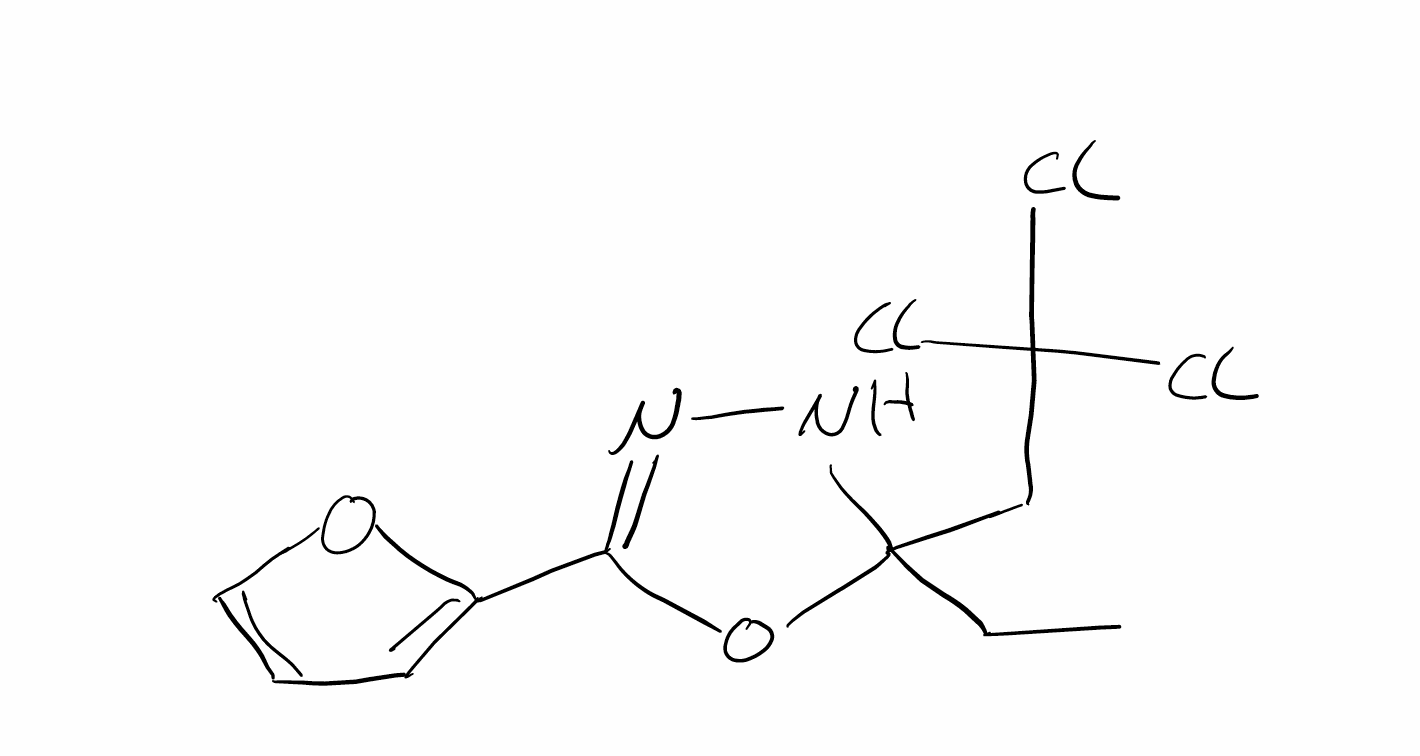
Simplified molecular-input line-entry system (SMILES) notation of the given molecule:
CCC1(NN=C(O1)C2=CC=CO2)CC(Cl)(Cl)Cl